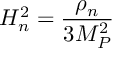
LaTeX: H _ { n } ^ { 2 } = { \frac { \rho _ { n } } { 3 M _ { P } ^ { 2 } } }